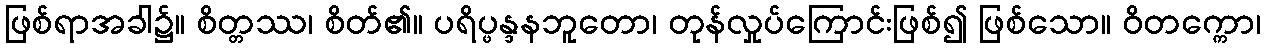
ဖြစ်ရာအခါ၌။ စိတ္တဿ၊ စိတ်၏။ ပရိပ္ဖန္ဒနဘူတော၊ တုန်လှုပ်ကြောင်းဖြစ်၍ ဖြစ်သော။ ဝိတက္ကော၊